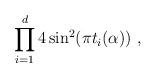
LaTeX: \begin{align*} \prod_{i=1}^{d} 4\sin^2(\pi t_i (\alpha))~,\end{align*}